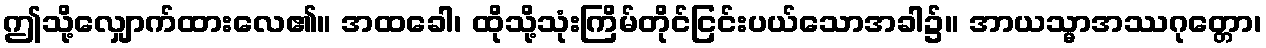
ဤသို့လျှောက်ထားလေ၏။ အထခေါ၊ ထိုသို့သုံးကြိမ်တိုင်ငြင်းပယ်သောအခါ၌။ အာယသ္မာအဿဂုတ္တော၊